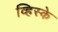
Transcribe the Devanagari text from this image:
व्हिस्के